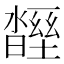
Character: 𣍒